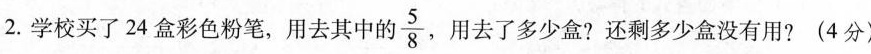
2.学校买了24盒彩色粉笔，用去其中的\frac{5}{8},用去了多少盒？还剩多少盒没有用？（4分）